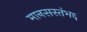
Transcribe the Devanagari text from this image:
मानसस्तंभ६